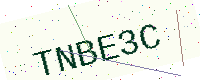
Text: TNBE3C